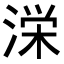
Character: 𭱚